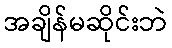
အချိန်မဆိုင်းဘဲ